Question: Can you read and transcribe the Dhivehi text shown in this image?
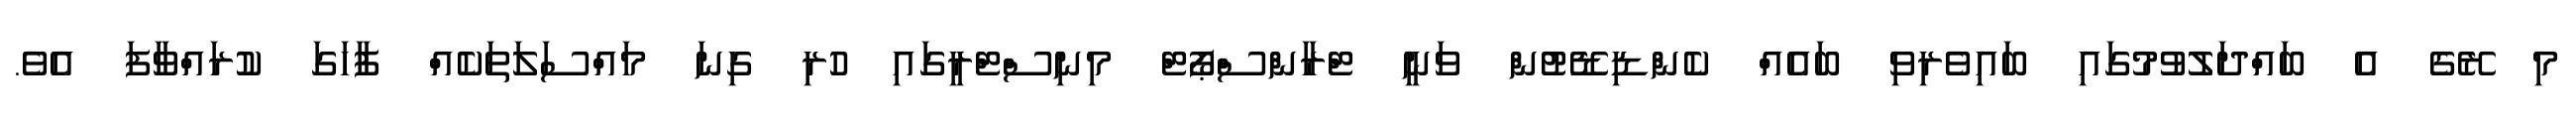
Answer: މި ރޭގެ އެ ބައްދަލުވުމުގައި ބައިވެރިވި ބައެއް ކެންޑިޑޭޓުން ވަނީ ޓްރާންސްޕޯޓް މިނިސްޓްރީގައި ހުރި ގިނަ މައްސަލަތަކެއް ފާހަގަ ކުރައްވާފަ އެވެ.